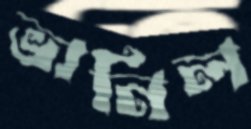
ভানিল